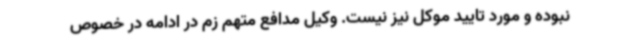
نبوده و مورد تایید موکل نیز نیست. وکیل مدافع متهم زم در ادامه در خصوص